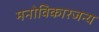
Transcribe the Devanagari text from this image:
मनोविकारजन्य